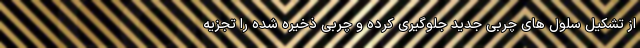
از تشکیل سلول های چربی جدید جلوگیری کرده و چربی ذخیره شده را تجزیه